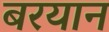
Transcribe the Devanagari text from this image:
बरयान